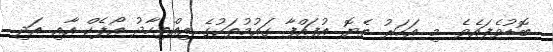
ބޮޑުވެފައެވެ. މި އަހަރު ތެޔޮ އުފައްފާ ގައުމުތަކުގެ އިއްތިހާދު އޯޕެކް އާއި އަދި